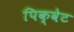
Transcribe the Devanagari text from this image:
पिक्वेट